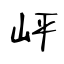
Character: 岼